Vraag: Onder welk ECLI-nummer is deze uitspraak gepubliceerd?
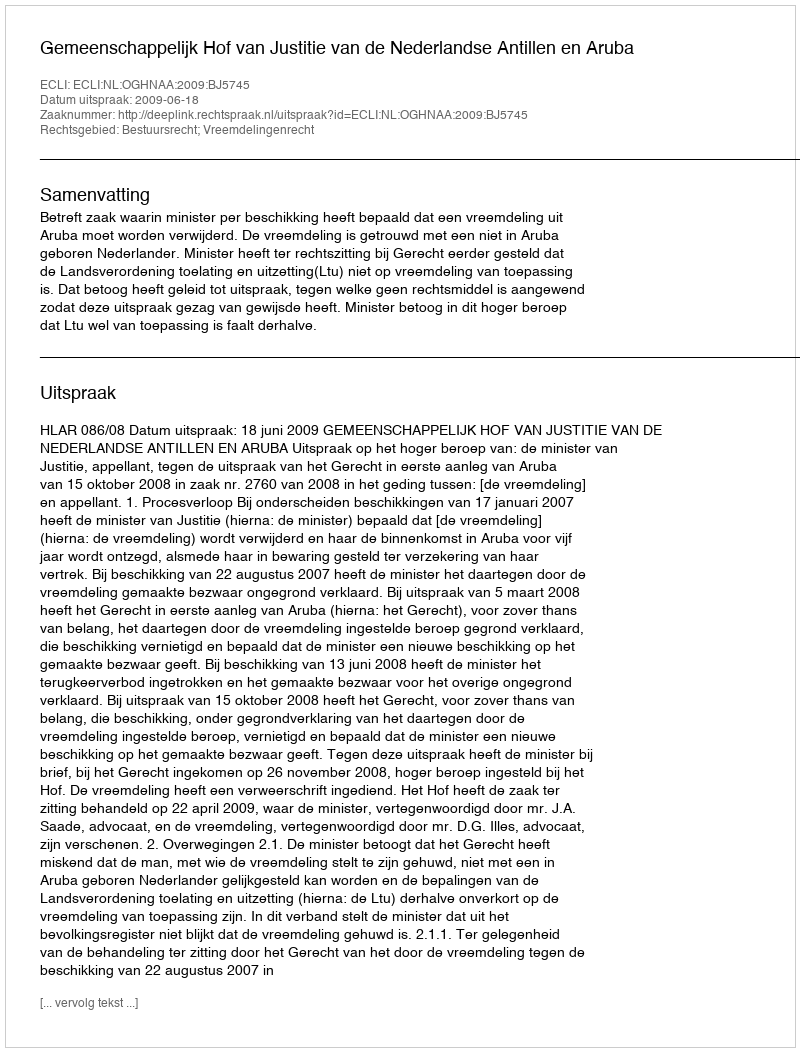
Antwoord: ECLI:NL:OGHNAA:2009:BJ5745